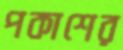
পকাশের